Plague in India, 1896, 1897 - Volume 2
Year: 1896
Disease focus: Plague
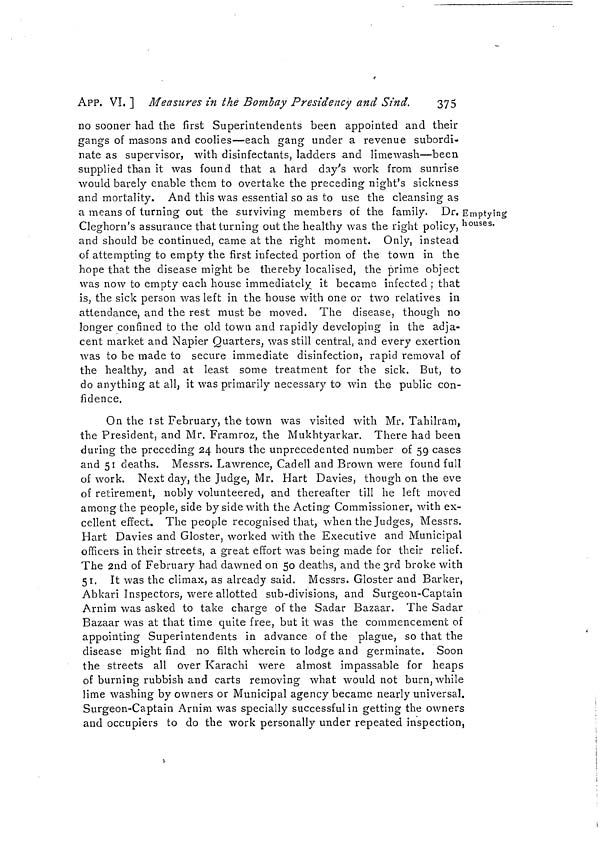
APP. VI, ] Measures in the Bombay Presidency and Sind.
375
Emptying
houses.
no sooner had the first Superintendents been appointed and their
gangs of masons and coolies—each gang under a revenue subordi-
nate as supervisor, with disinfectants, ladders and Hmewash—been
supplied than it was found that a hard day's work from sunrise
would barely enable them to overtake the preceding night's sickness
and mortality. And this was essential so as to use the cleansing as
a means of turning out the surviving members of the family. Dr.
Cleghorn's assurance that turning out the healthy was the right policy,
and should be continued, came at the right moment. Only, instead
of attempting to empty the first infected portion of the town in the
hope that the disease might be thereby localised, the prime object
was now to empty each house immediately it became infected ; that
is, the sick person was left in the house with one or two relatives in
attendance, and the rest must be moved. The disease, though no
longer confined to the old town and rapidly developing in the adja-
cent market and Napier Quarters, was still central, and every exertion
was to be made to secure immediate disinfection, rapid removal of
the healthy, and at least some treatment for the sick. But, to
do anything at all, it was primarily necessary to win the public con-
fidence.
On the 1st February, the town was visited with Mr. Tahilram,
the President, and Mr, Framroz, the Mukhtyarkar. There had been
during the preceding 24 hours the unprecedented number of 59 cases
and 51 deaths. Messrs. Lawrence, Cadell and Brown were found full
of work. Next day, the Judge, Mr. Hart Davies, though on the eve
of retirement, nobly volunteered, and thereafter till he left moved
among the people, side by side with the Acting Commissioner, with ex-
cellent effect. The people recognised that, when the Judges, Messrs.
Hart Davies and Gloster, worked with the Executive and Municipal
officers in their streets, a great effort was being made for their relief.
The 2nd of February had dawned on 50 deaths, and the 3rd broke with
51. It was the climax, as already said. Messrs. Gloster and Barker,
Abkari Inspectors, were allotted sub-divisions, and Surgeon-Captain
Arnim was asked to take charge of the Sadar Bazaar. The Sadar
Bazaar was at that time quite free, but it was the commencement of
appointing Superintendents in advance of the plague, so that the
disease might find no filth wherein to lodge and germinate. Soon
the streets all over Karachi were almost impassable for heaps
of burning rubbish and carts removing what would not burn, while
lime washing by owners or Municipal agency became nearly universal,
Surgeon-Captain Arnim was specially successful in getting the owners
and occupiers to do the work personally under repeated inspection